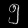
Digit: ၅